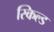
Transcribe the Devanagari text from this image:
स्किल्ड